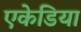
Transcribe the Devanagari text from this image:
एकेडिया